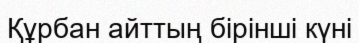
Құрбан айттың бірінші күні